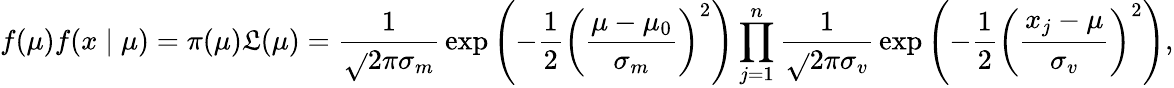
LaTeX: f(\mu)f(x\mid\mu)=\pi(\mu)\mathfrak{L}(\mu)={\frac{{1}}{{{\sqrt{}{{2\pi}}}\sigma_{m}}}}\exp\left(-{\frac{{1}}{{2}}}\left({\frac{{\mu-\mu_{0}}}{{\sigma_{m}}}}\right)^{2}\right)\prod_{j=1}^{n}{\frac{{1}}{{{\sqrt{}{{2\pi}}}\sigma_{v}}}}\exp\left(-{\frac{{1}}{{2}}}\left({\frac{{x_{j}-\mu}}{{\sigma_{v}}}}\right)^{2}\right),